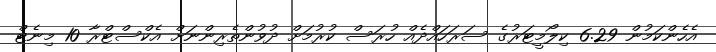
އެހެންކަމުން 6.29 ކިލޯމީޓަރުގެ ސަރަހައްދެއް ހުރަސް ކުރުމަށް ދުވުންތެރިންނަށް އެކްސްޓްރާ 10 މިނެޓް